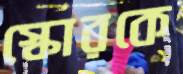
স্কোরকে